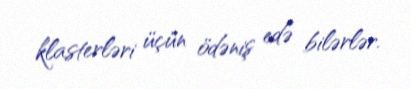
klasterləri üçün ödəniş edə bilərlər.